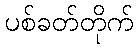
ပစ်ခတ်တိုက်